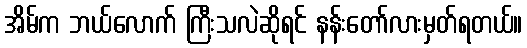
အိမ်က ဘယ်လောက် ကြီးသလဲဆိုရင် နန်းတော်လားမှတ်ရတယ်။